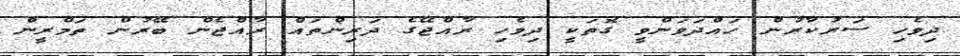
ދިވެހި ސަރުކާރުން ހައްދަވަންވީ ގޮތަކީ ދިވެހި ރާއްޖޭގެ ދަރިންތައް ރާއްޖެން ބޭރުން ތަމްރީން